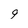
Character: q